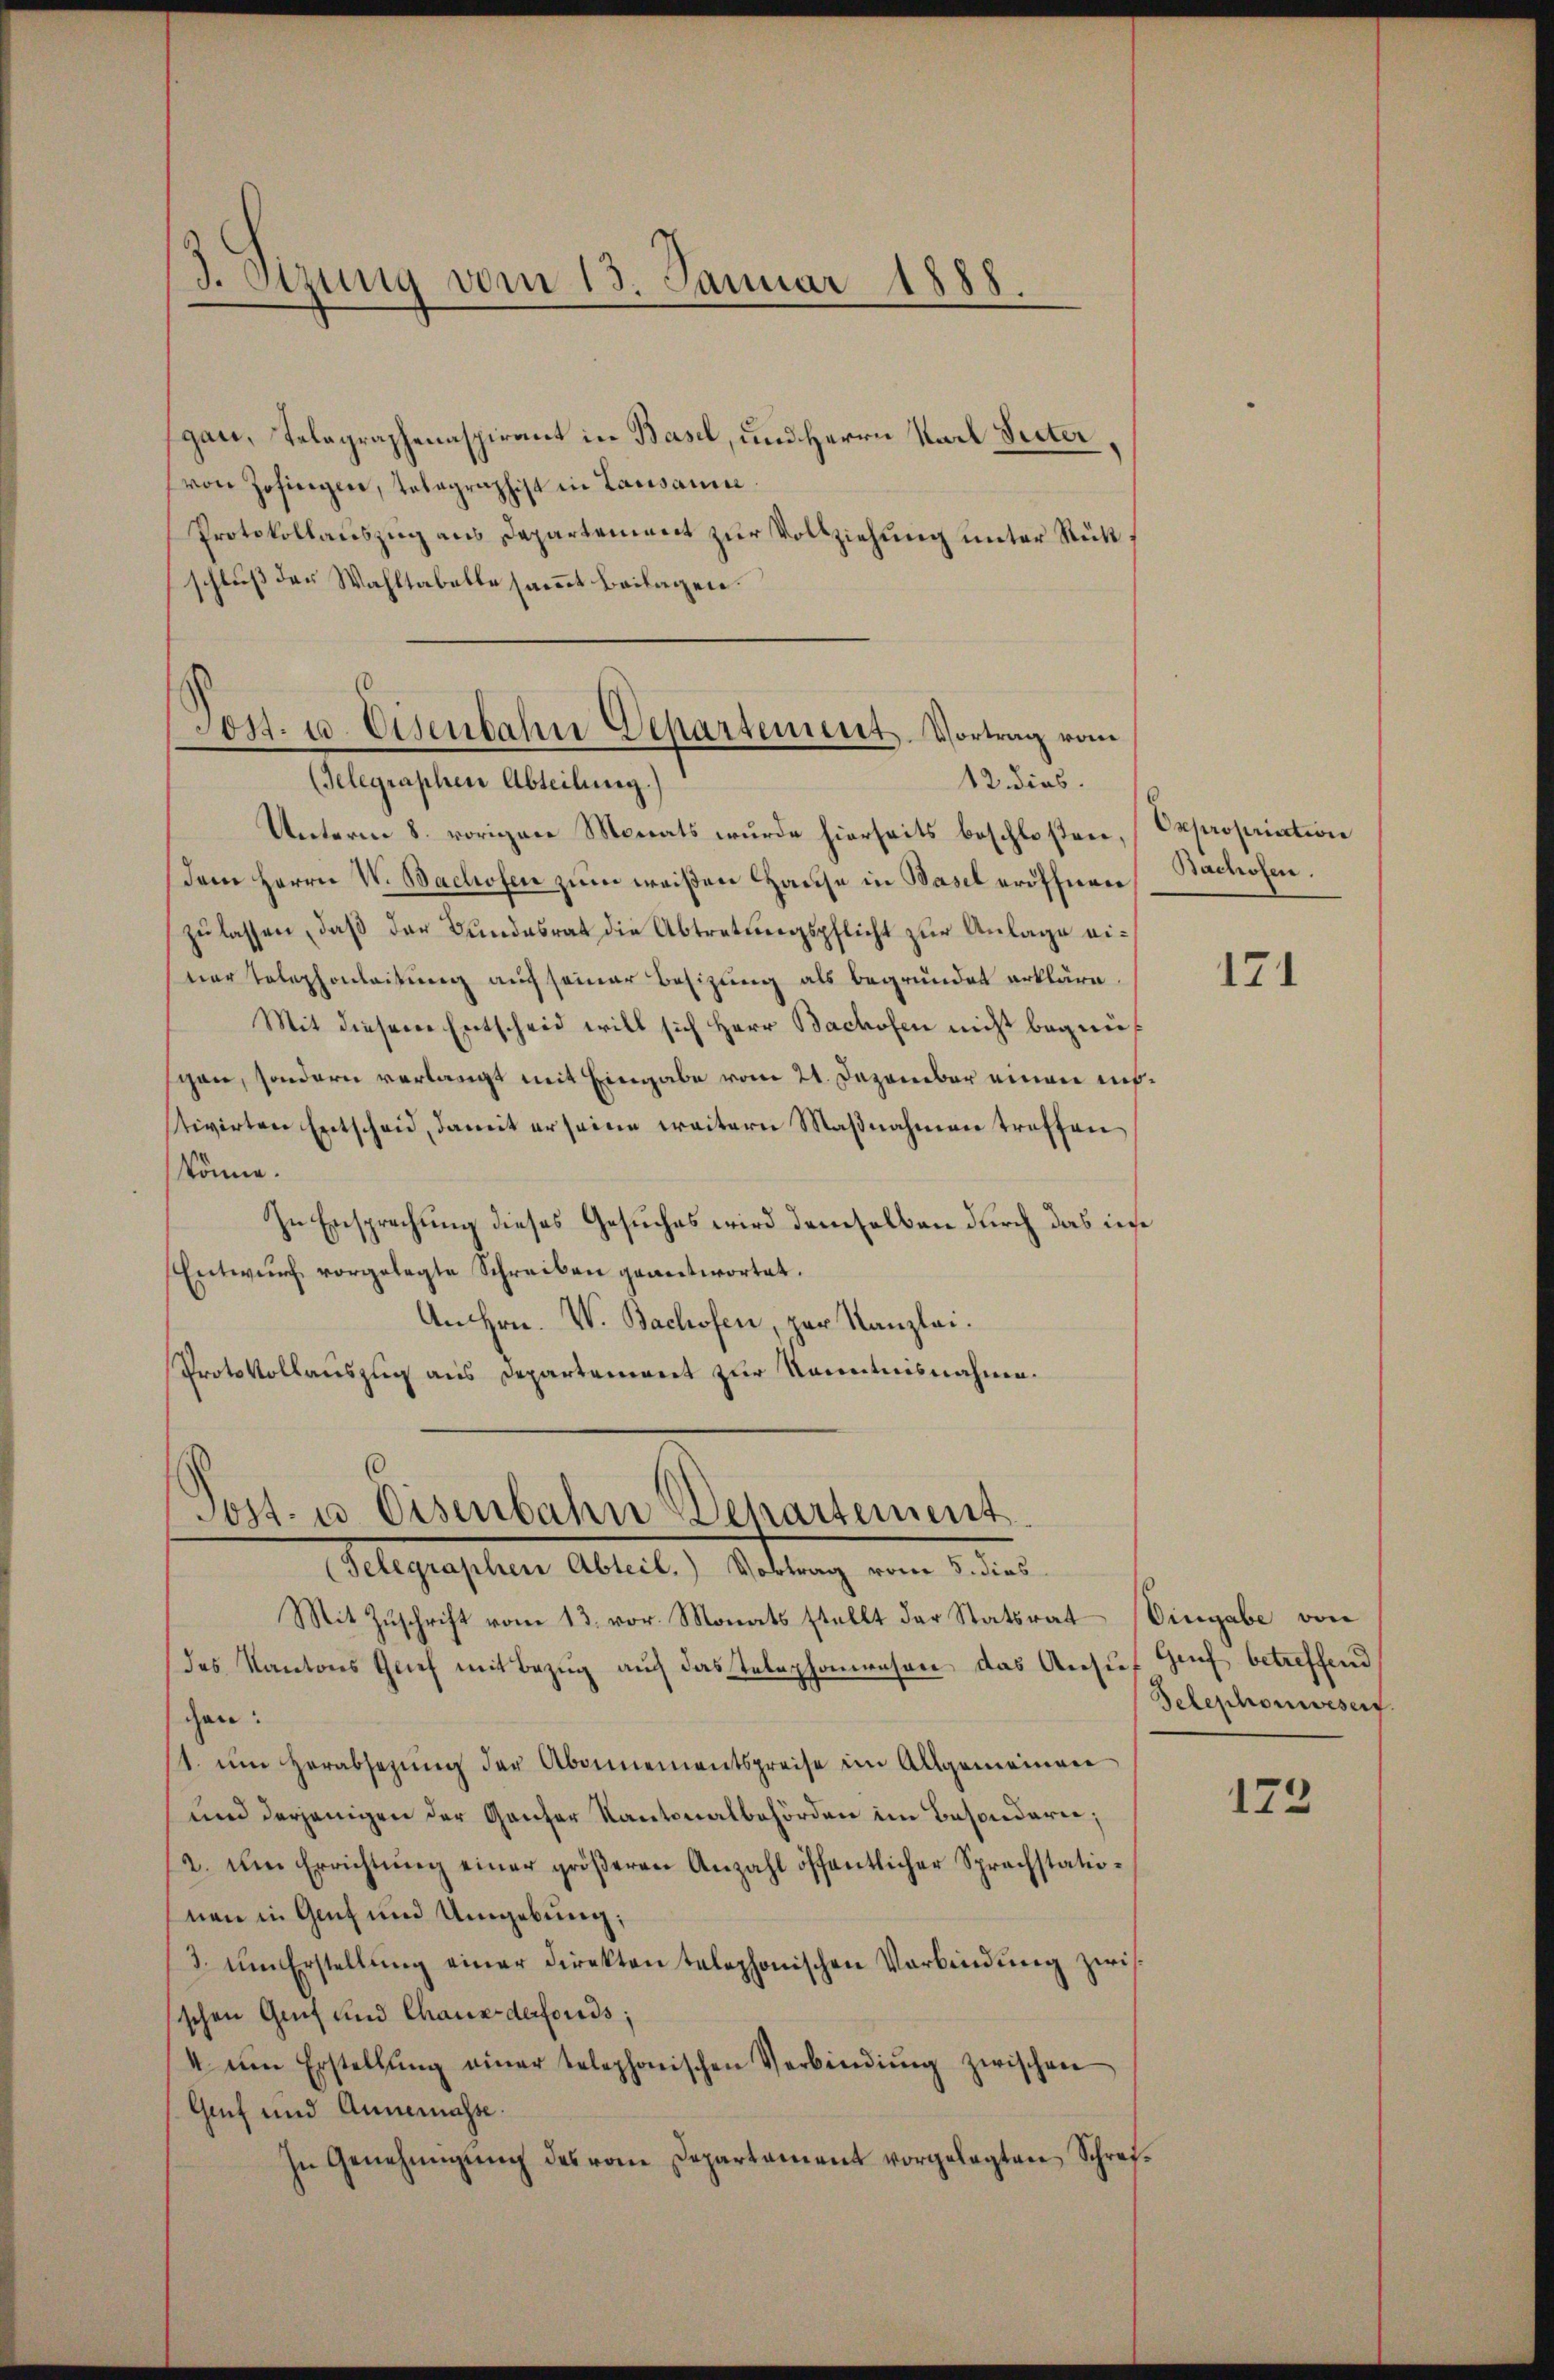
gau, Telegraphenaspirant in Basel, und Herrn Karl Secter,
von Zofingen, Tolagraphist in Lausanne
Protokollauszug aus Departement zur Vollziehung unter Rückschluß der Wahltabelle sammt beilagen.

3. Sizung vom 13. Januar 1888.

Tost. u. Eisenbahn Departement. Vortrag vom
12. dies
(Gelegraphen Abteilung.)

Unterm 8. vorigen Monats wurde hierseits beschloßen, Expropriation
dem Herrn V. Bachofen zum weißen Hause in Basel eröffnen Bachofen.
zu lassen, daß der Bundesrat die Abtretungspflicht zur Anlage einer Telephonleitung auch seiner Besizung als begründet erkläre.
Mit diesem Entscheid will sich Herr Bachofen nicht begnüschen, sondern verlangt mit Eingabe vom 21. Dezember einen euchstivirten Entscheid, damit er seine weitern Maßnahmen treffen
könne.
In Ersprechung dieses Gesuches wird demselben durch das inse
Entwŭrf vorgelegte Schreiben geantwortet.
An Hrn. V. Bachofen, zur Kanzlei.
Protokollauszug aus Departement zur Kenntnisnahme.

.
Post- u Eisenbahn Departement
(Telegraphen Abteil. Vortrag vom 5. dies

Mit Zŭschrift vom 13. vor. Monats stellt der Statsrat
(des Kantons Grief mit Bezug auf das Telephonwesen, das Ansŭf Genf betreffend
gen:
1. ŭm Herabsetzŭng der Abonnementspreise im Allgemeinen
und derjenigen der Ganzer Kantonalbehörden im Besondere;
a. ŭm Errichtŭng einer größeren Anzahl öffentlicher Sprachstationen in Ganz und Umgebung;
3. ŭm Erstellŭng einer Direkten telephonischen Verbindung zwis
schen Genf und Chaus derfords;
4 ŭm Erstellŭng einer telephonischen Verbindŭng zwischen
Genf und Annemasse.
In Genehmigŭng des vom Departement vorgelegten Schrei¬

171

Cingabe von
Telephonwesent.

173